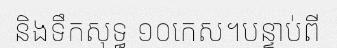
និងទឹកសុទ្ធ ១០កេស។បន្ទាប់ពី